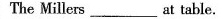
例 The Millers _at table.